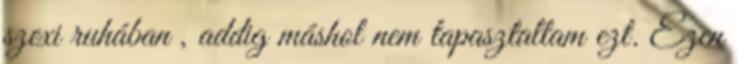
szexi ruhában , addig máshol nem tapasztaltam ezt. Ezen